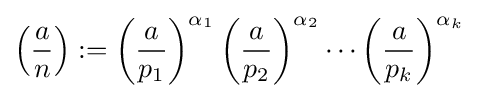
\left({\frac {a}{n}}\right):=\left({\frac {a}{p_{1}}}\right)^{\alpha _{1}}\left({\frac {a}{p_{2}}}\right)^{\alpha _{2}}\cdots \left({\frac {a}{p_{k}}}\right)^{\alpha _{k}}